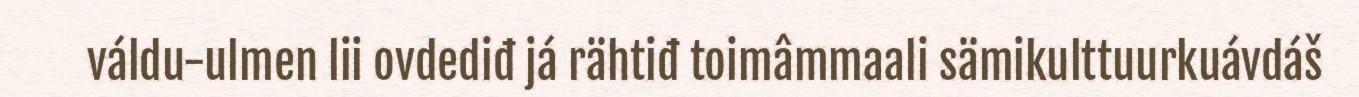
váldu-ulmen lii ovdediđ já rähtiđ toimâmmaali sämikulttuurkuávdáš